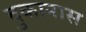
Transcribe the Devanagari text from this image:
दुकानास